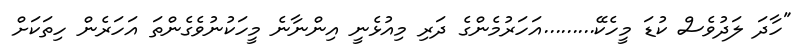
"ހާދަ ލަދުވެސް ކުޑަ މީހެކޭ.........އަހަރުމެންގެ ދަރި މިއުޅެނީ އިންނާނެ މީހަކުނުވެގެންތަ އަހަރެން ހިތަކަށް